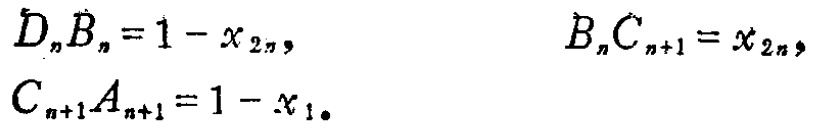
\[
\begin{align*}
D_{n}B_{n}&=1 - x_{2n},&B_{n}C_{n + 1}&=x_{2n},\\
C_{n + 1}A_{n + 1}&=1 - x_{1}.
\end{align*}
\]